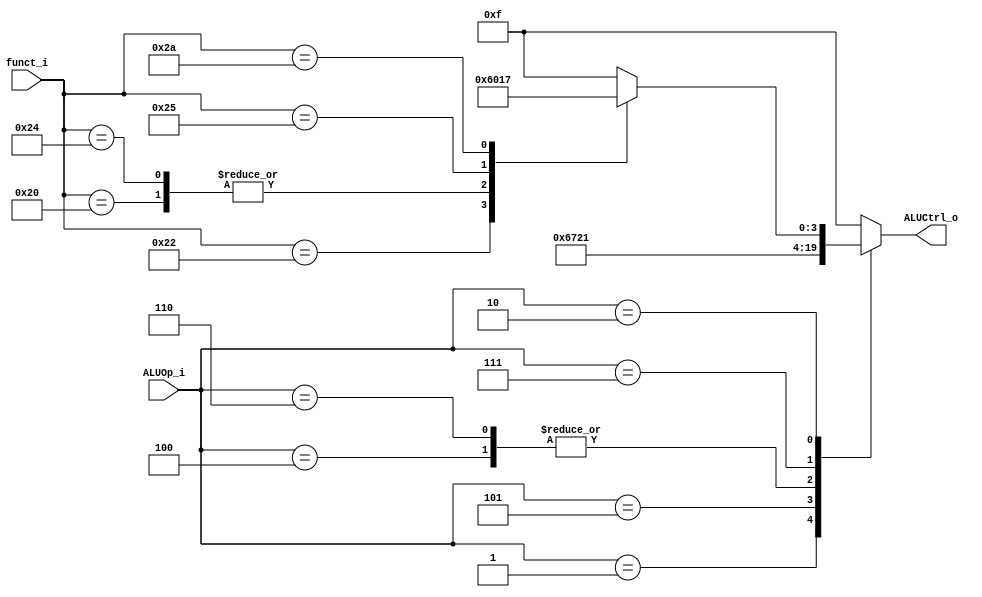
//Subject:     CO project 2 - ALU Controller
//--------------------------------------------------------------------------------
//Version:     1
//--------------------------------------------------------------------------------
//Writer:      Huang Szuyi
//----------------------------------------------
//----------------------------------------------
//Description: ALU_Controler
//--------------------------------------------------------------------------------

module ALU_Ctrl(
          funct_i,
          ALUOp_i,
          ALUCtrl_o
          );

//I/O ports
input      [6-1:0] funct_i;
input      [3-1:0] ALUOp_i;

output     [4-1:0] ALUCtrl_o;

//Internal Signals
reg        [4-1:0] ALUCtrl_o;

//Parameter
parameter  R_type   = 3'b010;
parameter  BEQ      = 3'b001;
parameter  ADDi     = 3'b100;
parameter  SLTi     = 3'b101;
parameter  LUI      = 3'b110;
parameter  ORi      = 3'b111;
parameter  BNE      = 3'b001;

parameter  ADD      = 6'b100000;
parameter  SUB      = 6'b100010;
parameter  AND      = 6'b100100;
parameter  OR       = 6'b100101;
parameter  SLT      = 6'b101010;

parameter  ALU_AND  = 4'b0000;
parameter  ALU_OR   = 4'b0001;
parameter  ALU_ADD  = 4'b0010;
parameter  ALU_SUB  = 4'b0110;
parameter  ALU_NOR  = 4'b1100;
parameter  ALU_NAND = 4'b1101;
parameter  ALU_SLT  = 4'b0111;

//Select exact operation

always @(funct_i, ALUOp_i) begin
  case (ALUOp_i)
    BEQ:      ALUCtrl_o <= ALU_SUB;
    ADDi:     ALUCtrl_o <= ALU_ADD;
    SLTi:     ALUCtrl_o <= ALU_SLT;
    LUI:      ALUCtrl_o <= ALU_ADD;
    ORi:      ALUCtrl_o <= ALU_OR;
    BNE:      ALUCtrl_o <= ALU_SUB;
    R_type: begin
      case (funct_i)
        ADD:  ALUCtrl_o <= ALU_AND;
        SUB:  ALUCtrl_o <= ALU_SUB;
        AND:  ALUCtrl_o <= ALU_AND;
        OR:   ALUCtrl_o <= ALU_OR;
        SLT:  ALUCtrl_o <= ALU_SLT;
        default: ALUCtrl_o <= 4'b1111;
      endcase
    end
    default:  ALUCtrl_o <= 4'b1111;
  endcase
end

endmodule